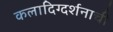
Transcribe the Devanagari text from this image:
कलादिग्दर्शनाची